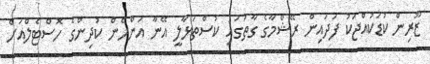
ޒޫރިން ކުޑަކުއްޖަކު ފަދައިން ރޭޝްމާގެ ގާތުގައި ކުސްތަޅާލީ އޭނާ އަންހެން ކުދިންގެ ހޮސްޓެލްއަށް